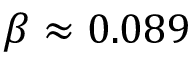
\beta \approx 0 . 0 8 9